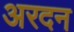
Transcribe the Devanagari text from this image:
अरदन